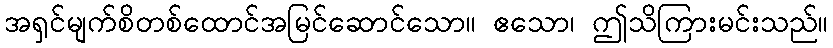
အရှင်မျက်စိတစ်ထောင်အမြင်ဆောင်သော။ ဧသော၊ ဤသိကြားမင်းသည်။